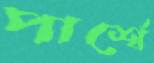
পার্শ্বে